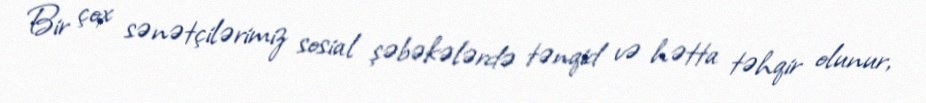
Bir çox sənətçilərimiz sosial şəbəkələrdə tənqid və hətta təhqir olunur,